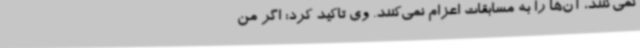
نمی‌کنند، آن‌ها را به مسابقات اعزام نمی‌کنند. وی تاکید کرد: اگر من